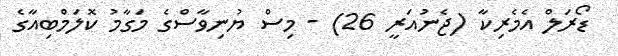
ޑޯރަލް އެމެރިކާ (ޖެނުއަރީ 26) - މިސް ޔުނިވާސްގެ މަގާމު ކޮލަމްބިއާގެ